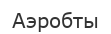
Аэробты